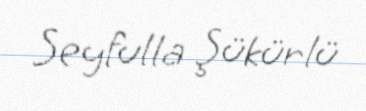
Seyfulla Şükürlü